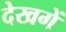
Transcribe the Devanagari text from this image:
देखगें